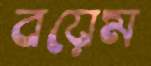
বয়েম